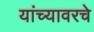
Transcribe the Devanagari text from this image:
यांच्यावरचे